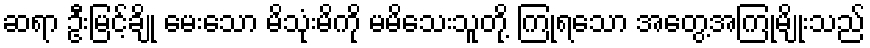
ဆရာ ဦးမြင့်ချို မေးသော မိသုံးမိကို မမိသေးသူတို့ ကြုံရသော အတွေ့အကြုံမျိုးသည်